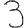
Digit: 3